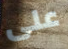
على